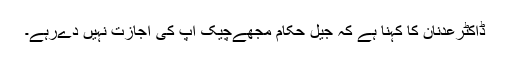
ڈاکٹرعدنان کا کہنا ہے کہ جیل حکام مجھےچیک اپ کی اجازت نہیں دےرہے۔